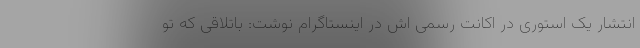
انتشار یک استوری در اکانت رسمی اش در اینستاگرام نوشت: باتلاقی که تو